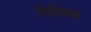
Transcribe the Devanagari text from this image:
मिस्त्रिख